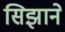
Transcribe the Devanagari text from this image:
सिझाने